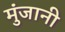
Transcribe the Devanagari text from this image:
मुंजानी